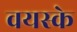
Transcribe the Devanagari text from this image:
वयस्के